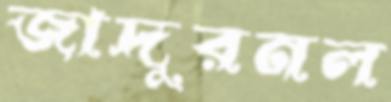
জাদুরনল